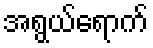
အရွယ်ရောက်